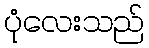
ပုံလေးသည်